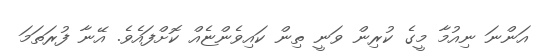
އަންނަ ނިއުމާ މީގެ ކުރިން ވަނީ ތިން ކައިވެންޏެއް ކޮށްފައެވެ. އޭނާ ފުރަތަމަ